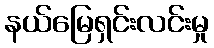
နယ်မြေရှင်းလင်းမှု